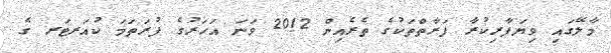
މާލޭގައި ވިޔަފާރިކުރާ ފަރާތްތަކުގެ ތެރެއިން 2012 ވަނަ އަހަރުގެ ފުރަތަމަ ކުއަރޓަރ ގެ